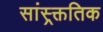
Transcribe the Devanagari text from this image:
सांस्र्क्ततिक